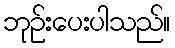
ဘုဉ်းပေးပါသည်။